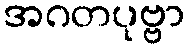
အဂတပုဗ္ဗာ